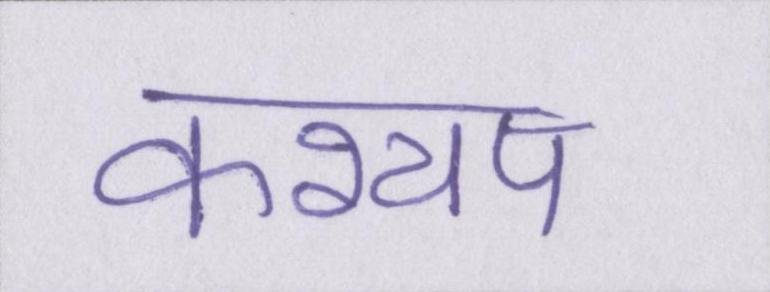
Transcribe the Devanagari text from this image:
कश्यप